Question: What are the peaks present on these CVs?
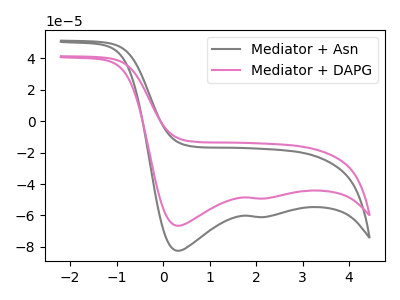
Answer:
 <answer>The gray curve "Mediator + Asn" has cathodic peaks at (0.30V, -82.45uA) (2.20V, -60.95uA). The pink curve "Mediator + DAPG" has cathodic peaks at (0.30V, -66.55uA) (2.20V, -49.20uA).</answer>
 <eval></eval>